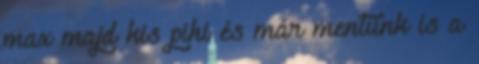
max majd kis pihi és már mentünk is a